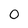
Character: 0